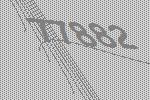
77882